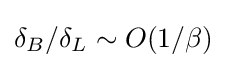
\delta _{B}/\delta _{L}\sim O(1/\beta )